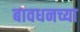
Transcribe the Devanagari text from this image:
बावधनच्या